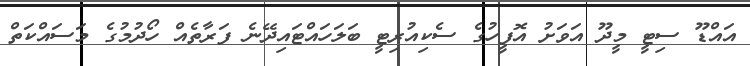
އައްޑޫ ސިޓީ މީދޫ އަވަށު އޮފީހުގެ ސެކިއުރިޓީ ބަލަހައްޓައިދޭނެ ފަރާތެއް ހޯދުމުގެ މަސައްކަތް